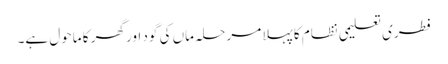
فطری تعلیمی نظام کا پہلا مرحلہ ماں کی گود اور گھر کا ماحول ہے۔